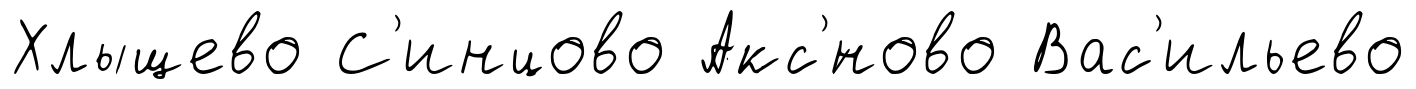
Хлыщево С'инцово Акс'́ново Вас'ильево